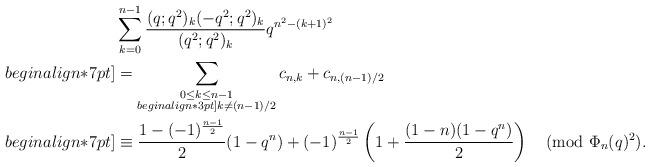
LaTeX: \begin{align*}&\sum_{k=0}^{n-1}\frac{(q;q^2)_k(-q^2;q^2)_k}{(q^2;q^2)_k}q^{n^2-(k+1)^2}\\begin{align*}7pt]&=\sum_{\substack{0\le k \le n-1\\begin{align*}3pt]k\not= (n-1)/2}} c_{n,k}+c_{n,(n-1)/2}\\begin{align*}7pt]&\equiv \frac{1-(-1)^{\frac{n-1}{2}}}{2}(1-q^n)+(-1)^{\frac{n-1}{2}}\left(1+\frac{(1-n)(1-q^n)}{2}\right) \pmod{\Phi_n(q)^2}.\end{align*}